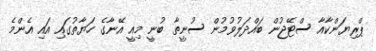
ޕްރިޔަންކާއާ ސްޓޭޖުން ބައްދަލުވުމުން ސުނީތާ ބުނީ މިއީ އޭނާގެ ހަޔާތުގައި އައި އެންމެ